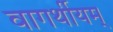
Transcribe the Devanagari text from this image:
वागर्थीयम्